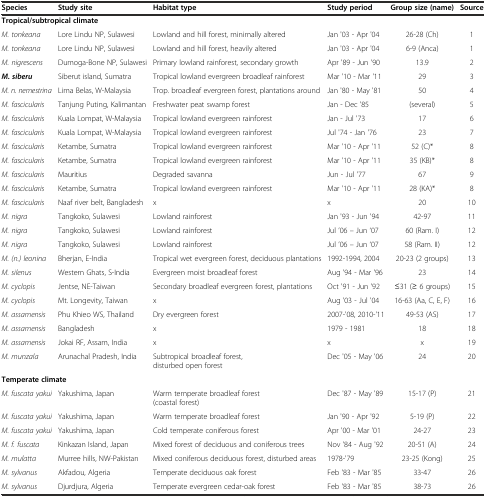
<table><thead><tr><td><b>Species</b></td><td><b>Study site</b></td><td><b>Habitat type</b></td><td><b>Study period</b></td><td><b>Group size (name)</b></td><td><b>Source</b></td></tr></thead><tbody><tr><td colspan="6"><b>Tropical/subtropical climate</b></td></tr><tr><td><i>M. tonkeana</i></td><td>Lore Lindu NP, Sulawesi</td><td>Lowland and hill forest, minimally altered</td><td>Jan &#x27;03 - Apr &#x27;04</td><td>26-28 (Ch)</td><td>1</td></tr><tr><td><i>M. tonkeana</i></td><td>Lore Lindu NP, Sulawesi</td><td>Lowland and hill forest, heavily altered</td><td>Jan &#x27;03 - Apr &#x27;04</td><td>6-9 (Anca)</td><td>1</td></tr><tr><td><i>M. nigrescens</i></td><td>Dumoga-Bone NP, Sulawesi</td><td>Primary lowland rainforest, secondary growth</td><td>Apr &#x27;89 - Jun &#x27;90</td><td>13.9</td><td>2</td></tr><tr><td><b><i>M. siberu</i></b></td><td>Siberut island, Sumatra</td><td>Tropical lowland evergreen broadleaf rainforest</td><td>Mar &#x27;10 - Mar &#x27;11</td><td>29</td><td>3</td></tr><tr><td><i>M. n. nemestrina</i></td><td>Lima Belas, W-Malaysia</td><td>Trop. broadleaf evergreen forest, plantations around</td><td>Jan &#x27;80 - May &#x27;81</td><td>50</td><td>4</td></tr><tr><td><i>M. fascicularis</i></td><td>Tanjung Puting, Kalimantan</td><td>Freshwater peat swamp forest</td><td>Jan - Dec &#x27;85</td><td>(several)</td><td>5</td></tr><tr><td><i>M. fascicularis</i></td><td>Kuala Lompat, W-Malaysia</td><td>Tropical lowland evergreen rainforest</td><td>Jan - Jul &#x27;73</td><td>17</td><td>6</td></tr><tr><td><i>M. fascicularis</i></td><td>Kuala Lompat, W-Malaysia</td><td>Tropical lowland evergreen rainforest</td><td>Jul &#x27;74 - Jan &#x27;76</td><td>23</td><td>7</td></tr><tr><td><i>M. fascicularis</i></td><td>Ketambe, Sumatra</td><td>Tropical lowland evergreen rainforest</td><td>Mar &#x27;10 - Apr &#x27;11</td><td>52 (C)*</td><td>8</td></tr><tr><td><i>M. fascicularis</i></td><td>Ketambe, Sumatra</td><td>Tropical lowland evergreen rainforest</td><td>Mar &#x27;10 - Apr &#x27;11</td><td>35 (KB)*</td><td>8</td></tr><tr><td><i>M. fascicularis</i></td><td>Mauritius</td><td>Degraded savanna</td><td>Jun - Jul &#x27;77</td><td>67</td><td>9</td></tr><tr><td><i>M. fascicularis</i></td><td>Ketambe, Sumatra</td><td>Tropical lowland evergreen rainforest</td><td>Mar &#x27;10 - Apr &#x27;11</td><td>28 (KA)*</td><td>8</td></tr><tr><td><i>M. fascicularis</i></td><td>Naaf river belt, Bangladesh</td><td>x</td><td>x</td><td>20</td><td>10</td></tr><tr><td><i>M. nigra</i></td><td>Tangkoko, Sulawesi</td><td>Lowland rainforest</td><td>Jan &#x27;93 - Jun &#x27;94</td><td>42-97</td><td>11</td></tr><tr><td><i>M. nigra</i></td><td>Tangkoko, Sulawesi</td><td>Lowland rainforest</td><td>Jul ’06 – Jun ‘07</td><td>60 (Ram. I)</td><td>12</td></tr><tr><td><i>M. nigra</i></td><td>Tangkoko, Sulawesi</td><td>Lowland rainforest</td><td>Jul ’06 – Jun ‘07</td><td>58 (Ram. II)</td><td>12</td></tr><tr><td><i>M. (n.) leonina</i></td><td>Bherjan, E-India</td><td>Tropical wet evergreen forest, deciduous plantations</td><td>1992-1994, 2004</td><td>20-23 (2 groups)</td><td>13</td></tr><tr><td><i>M. silenus</i></td><td>Western Ghats, S-India</td><td>Evergreen moist broadleaf forest</td><td>Aug &#x27;94 - Mar &#x27;96</td><td>23</td><td>14</td></tr><tr><td><i>M. cyclopis</i></td><td>Jentse, NE-Taiwan</td><td>Secondary broadleaf evergreen forest, plantations</td><td>Oct &#x27;91 - Jun &#x27;92</td><td>≤31 (≥ 6 groups)</td><td>15</td></tr><tr><td><i>M. cyclopis</i></td><td>Mt. Longevity, Taiwan</td><td>x</td><td>Aug &#x27;03 - Jul &#x27;04</td><td>16-63 (Aa, C, E, F)</td><td>16</td></tr><tr><td><i>M. assamensis</i></td><td>Phu Khieo WS, Thailand</td><td>Dry evergreen forest</td><td>2007-&#x27;08, 2010-&#x27;11</td><td>49-53 (AS)</td><td>17</td></tr><tr><td><i>M. assamensis</i></td><td>Bangladesh</td><td>x</td><td>1979 - 1981</td><td>18</td><td>18</td></tr><tr><td><i>M. assamensis</i></td><td>Jokai RF, Assam, India</td><td>x</td><td>x</td><td>x</td><td>19</td></tr><tr><td><i>M. munzala</i></td><td>Arunachal Pradesh, India</td><td>Subtropical broadleaf forest, disturbed open forest</td><td>Dec &#x27;05 - May &#x27;06</td><td>24</td><td>20</td></tr><tr><td colspan="6"><b>Temperate climate</b></td></tr><tr><td><i>M. fuscata yakui</i></td><td>Yakushima, Japan</td><td>Warm temperate broadleaf forest (coastal forest)</td><td>Dec &#x27;87 - May &#x27;89</td><td>15-17 (P)</td><td>21</td></tr><tr><td><i>M. fuscata yakui</i></td><td>Yakushima, Japan</td><td>Warm temperate broadleaf forest</td><td>Jan &#x27;90 - Apr &#x27;92</td><td>5-19 (P)</td><td>22</td></tr><tr><td><i>M. fuscata yakui</i></td><td>Yakushima, Japan</td><td>Cold temperate coniferous forest</td><td>Apr &#x27;00 - Mar &#x27;01</td><td>24-27</td><td>23</td></tr><tr><td><i>M. f. fuscata</i></td><td>Kinkazan Island, Japan</td><td>Mixed forest of deciduous and coniferous trees</td><td>Nov &#x27;84 - Aug &#x27;92</td><td>20-51 (A)</td><td>24</td></tr><tr><td><i>M. mulatta</i></td><td>Murree hills, NW-Pakistan</td><td>Mixed coniferous deciduous forest, disturbed areas</td><td>1978-&#x27;79</td><td>23-25 (Kong)</td><td>25</td></tr><tr><td><i>M. sylvanus</i></td><td>Akfadou, Algeria</td><td>Temperate deciduous oak forest</td><td>Feb &#x27;83 - Mar &#x27;85</td><td>33-47</td><td>26</td></tr><tr><td><i>M. sylvanus</i></td><td>Djurdjura, Algeria</td><td>Temperate evergreen cedar-oak forest</td><td>Feb &#x27;83 - Mar &#x27;85</td><td>38-73</td><td>26</td></tr></tbody></table>